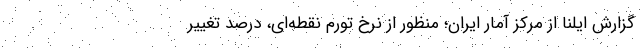
گزارش ایلنا از مرکز آمار ایران؛ منظور از نرخ تورم نقطه‌ای، درصد تغییر